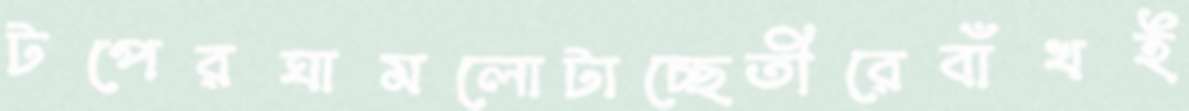
টপেরঘামলোটাচ্ছেতীরেবাঁখই